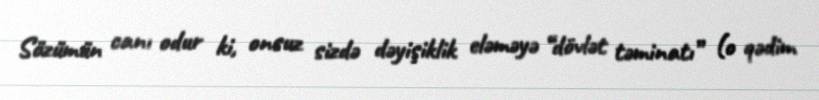
Sözümün canı odur ki, onsuz sizdə dəyişiklik eləməyə “dövlət təminatı” (o qədim